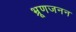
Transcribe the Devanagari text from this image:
भ्रूणजनन